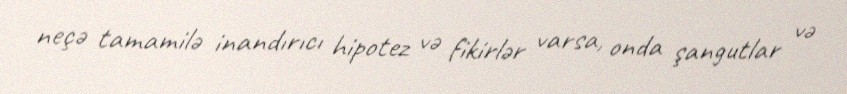
neçə tamamilə inandırıcı hipotez və fikirlər varsa, onda şangutlar və